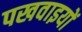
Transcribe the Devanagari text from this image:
पखवाइयों